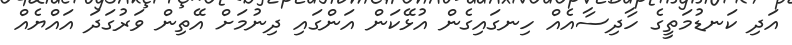
އަދި ކަނޑުމަތީގެ ހާދިސާއެއް ހިނގައިގެން އުޅޭކަން އަންގައި ދިނުމަށް އޭތިން ވަރުގަދަ އައްޔެއް